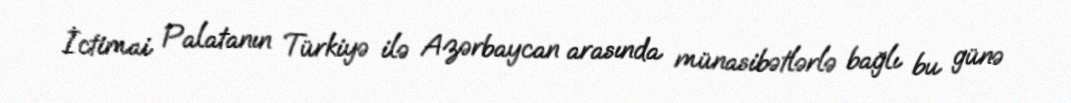
İctimai Palatanın Türkiyə ilə Azərbaycan arasında münasibətlərlə bağlı bu günə